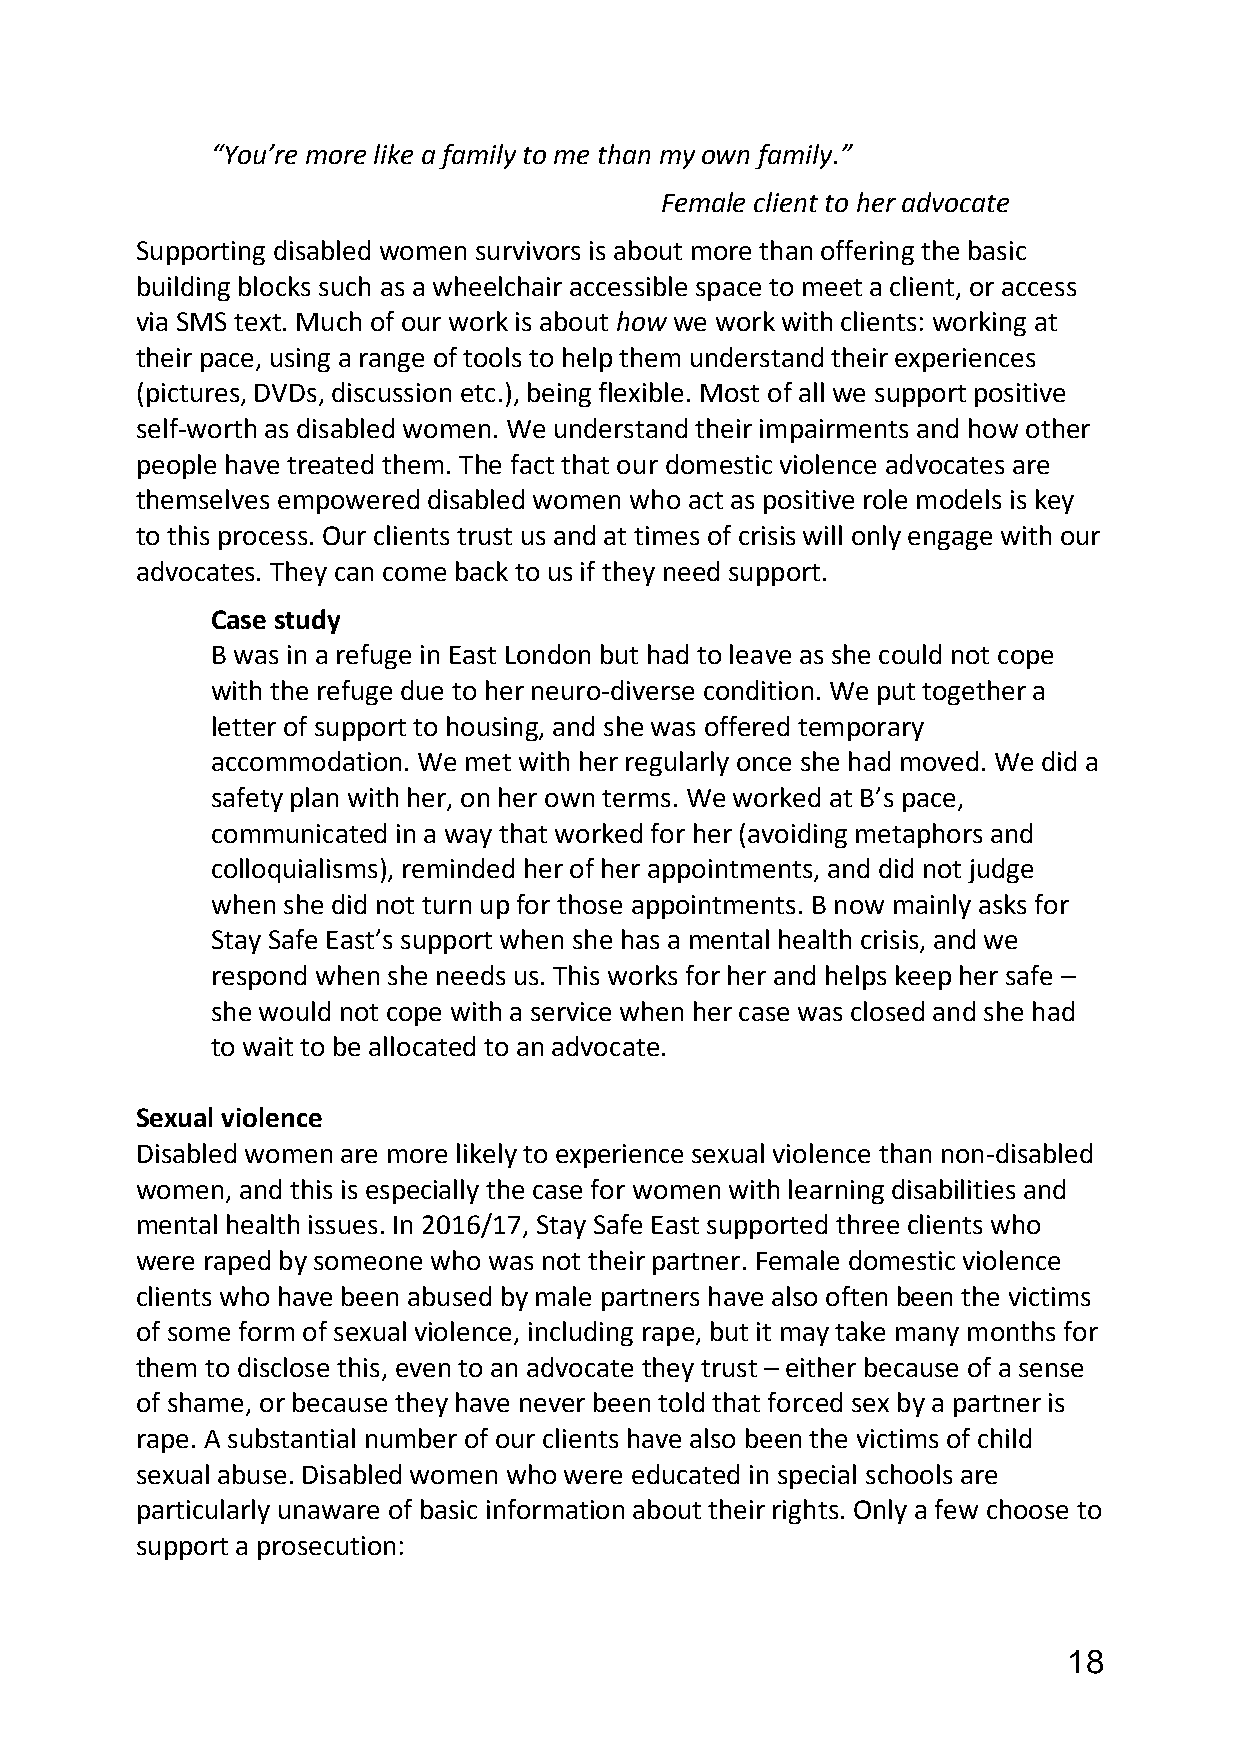
“You’re more like a family to me than my own family.”
 Female client to her advocate
 Supporting disabled women survivors is about more than offering the basic
 building blocks such as a wheelchair accessible space to meet a client, or access
 via SMS text. Much of our work is about how we work with clients: working at
 their pace, using a range of tools to help them understand their experiences
 (pictures, DVDs, discussion etc.), being flexible. Most of all we support positive
 self-worth as disabled women. We understand their impairments and how other
 people have treated them. The fact that our domestic violence advocates are
 themselves empowered disabled women who act as positive role models is key
 to this process. Our clients trust us and at times of crisis will only engage with our
 advocates. They can come back to us if they need support.
 Case study
 B was in a refuge in East London but had to leave as she could not cope
 with the refuge due to her neuro-diverse condition. We put together a
 letter of support to housing, and she was offered temporary
 accommodation. We met with her regularly once she had moved. We did a
 safety plan with her, on her own terms. We worked at B’s pace,
 communicated in a way that worked for her (avoiding metaphors and
 colloquialisms), reminded her of her appointments, and did not judge
 when she did not turn up for those appointments. B now mainly asks for
 Stay Safe East’s support when she has a mental health crisis, and we
 respond when she needs us. This works for her and helps keep her safe –
 she would not cope with a service when her case was closed and she had
 to wait to be allocated to an advocate.
 Sexual violence
 Disabled women are more likely to experience sexual violence than non-disabled
 women, and this is especially the case for women with learning disabilities and
 mental health issues. In 2016/17, Stay Safe East supported three clients who
 were raped by someone who was not their partner. Female domestic violence
 clients who have been abused by male partners have also often been the victims
 of some form of sexual violence, including rape, but it may take many months for
 them to disclose this, even to an advocate they trust – either because of a sense
 of shame, or because they have never been told that forced sex by a partner is
 rape. A substantial number of our clients have also been the victims of child
 sexual abuse. Disabled women who were educated in special schools are
 particularly unaware of basic information about their rights. Only a few choose to
 support a prosecution:
 18